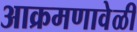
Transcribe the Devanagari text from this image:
आक्रमणावेळी